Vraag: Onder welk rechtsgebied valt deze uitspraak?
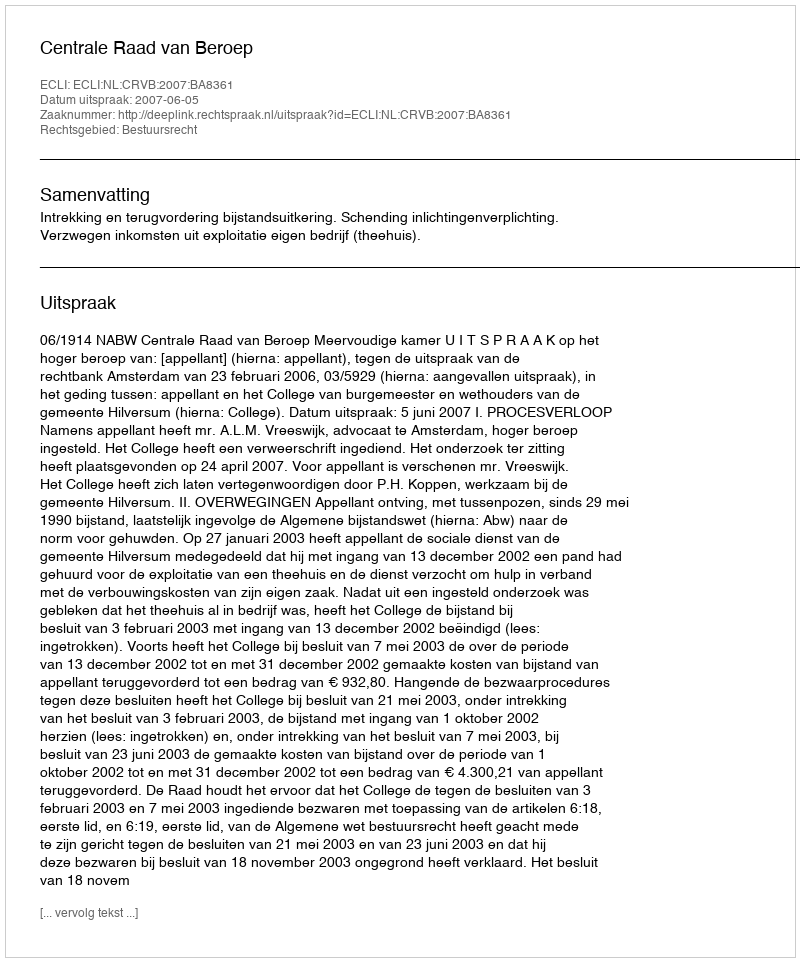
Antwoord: Bestuursrecht